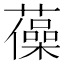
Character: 𧁫